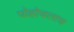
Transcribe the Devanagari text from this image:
पोहोचलाच